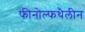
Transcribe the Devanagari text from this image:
फीनोल्फथैलीन